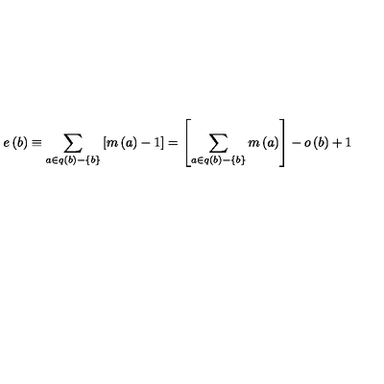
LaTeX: e \left( b \right) \equiv \sum _ { a \in q \left( b \right) - \left\{ b \right\} } \left[ m \left( a \right) - 1 \right] = \left[ \sum _ { a \in q \left( b \right) - \left\{ b \right\} } m \left( a \right) \right] - o \left( b \right) + 1